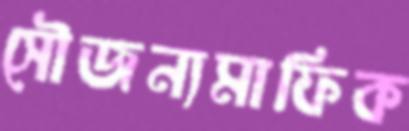
সৌজন্যমাফিক